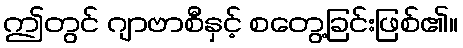
ဤတွင် ဂျာဗာစီနှင့် စတွေ့ခြင်းဖြစ်၏။